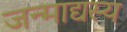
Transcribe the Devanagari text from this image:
जन्माद्यस्य